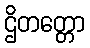
ဌိတတ္တော